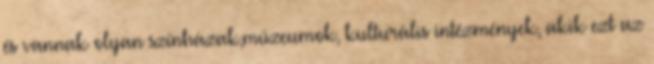
és vannak olyan színházak,múzeumok, kulturális intézmények, akik ezt az